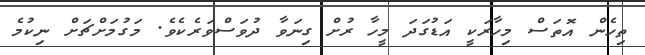
ތިހެން އޮތަސް މިހާރަކީ އަޑުގަދަ މީހާ ރުށް ގިނަވާ ދުވަސްވަރެކެވެ. މަގުމަށްޗަށް ނިކުމެ